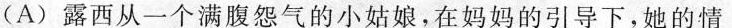
(A)露西从一个满腹怨气的小姑娘，在妈妈的引导下，她的情